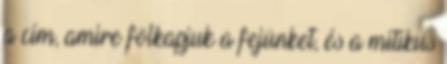
a cím, amire fölkapjuk a fejünket, és a mitikus